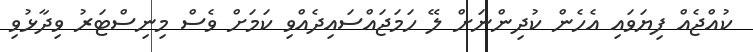
ކުއްޖެއް ފިޔަވައި އެހެން ކުދިންނަށް ލޭ ހަމަޖައްސައިދެއްވި ކަމަށް ވެސް މިނިސްޓަރު ވިދާޅުވި